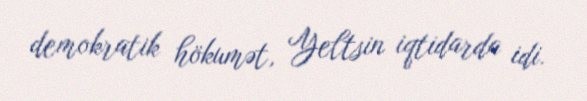
demokratik hökumət, Yeltsin iqtidarda idi.